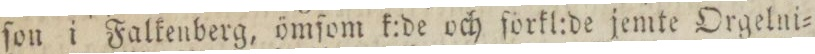
ſon i Falkenberg, ömſom k:de och förkl:de jemte Orgelni=